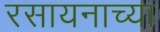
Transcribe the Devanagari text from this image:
रसायनाच्या